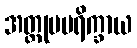
အတ္ထုပပရိက္ခာယ